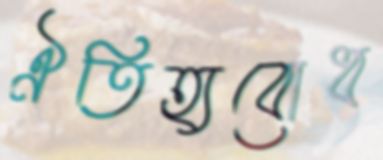
ঐতিহ্যবোধ